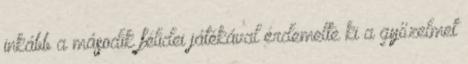
inkább a második félidei játékával érdemelte ki a győzelmet